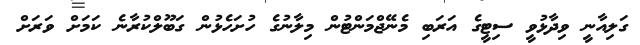
ގަލިއާނީ ވިދާޅުވީ ސިޓީގެ އަރަބި މެނޭޖްމަންޓުން މިލާނުގެ ހުށަހެޅުން ގަބޫލްކުރާނެ ކަމަށް ވަރަށް